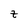
Character: z